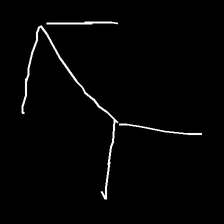
Glyph: gather